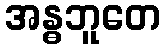
အန္ဓဘူတေ